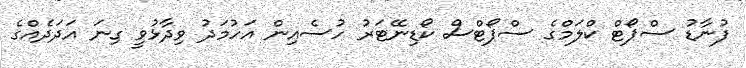
ފުނާޑު ސްޕޯޓް ކްލަމްގެ ސްޕޯޓްސް ކޯޑިނޭޓަރު ހުސެއިން އަހުމަދު ވިދާޅުވީ ގިނަ އަދަދެއްގެ